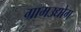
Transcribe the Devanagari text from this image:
ग्रामउद्योग